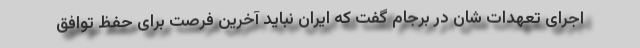
اجرای تعهدات شان در برجام گفت که ایران نباید آخرین فرصت برای حفظ توافق